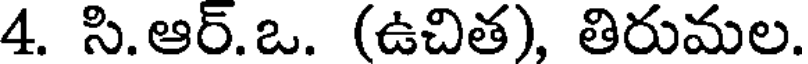
4. సి.ఆర్.ఒ. (ఉచిత), తిరుమల.